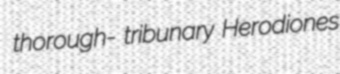
thorough- tribunary Herodiones